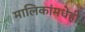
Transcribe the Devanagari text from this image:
मालिकांमधेही